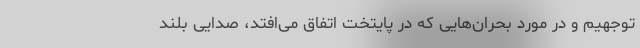
توجهیم و در مورد بحران‌هایی که در پایتخت اتفاق می‌افتد، صدایی بلند